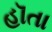
હૉતા